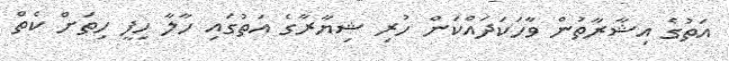
އަތުގެ އިޝާރާތުން ވާހަކަދައްކަން ހުރި ޝިޔާރާގެ އަތުގައި ހާލާ ހިފީ ހިތަށް ކެތް